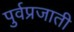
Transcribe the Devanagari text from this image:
पुर्वप्रजाती